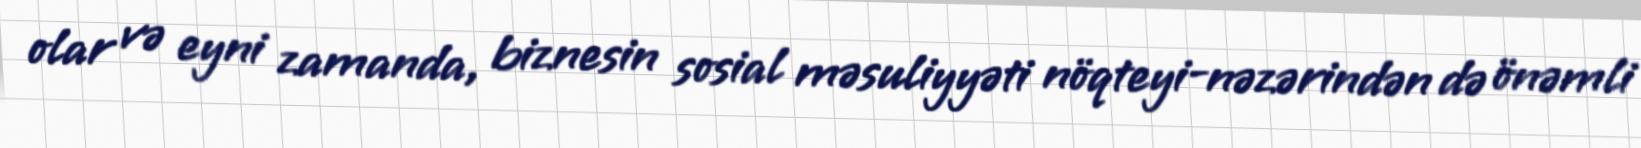
olar və eyni zamanda, biznesin sosial məsuliyyəti nöqteyi-nəzərindən də önəmli